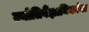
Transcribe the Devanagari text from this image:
ज्योतिर्वैज्ञानिकांना